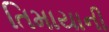
તિમાયાની